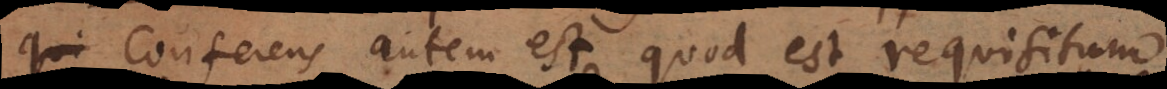
Conferens autem est quod est requisitum